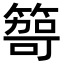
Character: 𥰮